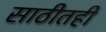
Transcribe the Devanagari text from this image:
साठीतही